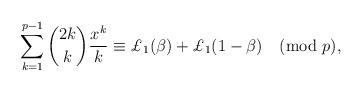
LaTeX: \begin{align*}\sum_{k=1}^{p-1}\binom{2k}{k}\frac{x^k}{k}\equiv\pounds_1(\beta)+\pounds_1(1-\beta)\pmod{p},\end{align*}